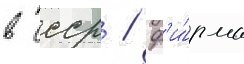
в ссср / ф'и́рма